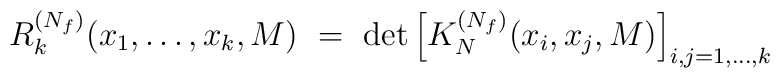
R_k^{(N_f)}(x_1,\ldots,x_k,M) \ = \   \det\left[K_N^{(N_f)}(x_i,x_j,M)\right]_{i,j=1,\ldots,k}